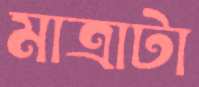
মাত্রাটা